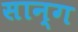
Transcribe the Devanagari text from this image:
सान्ग